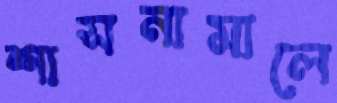
শাসনামালে